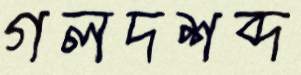
গলদশব্দ